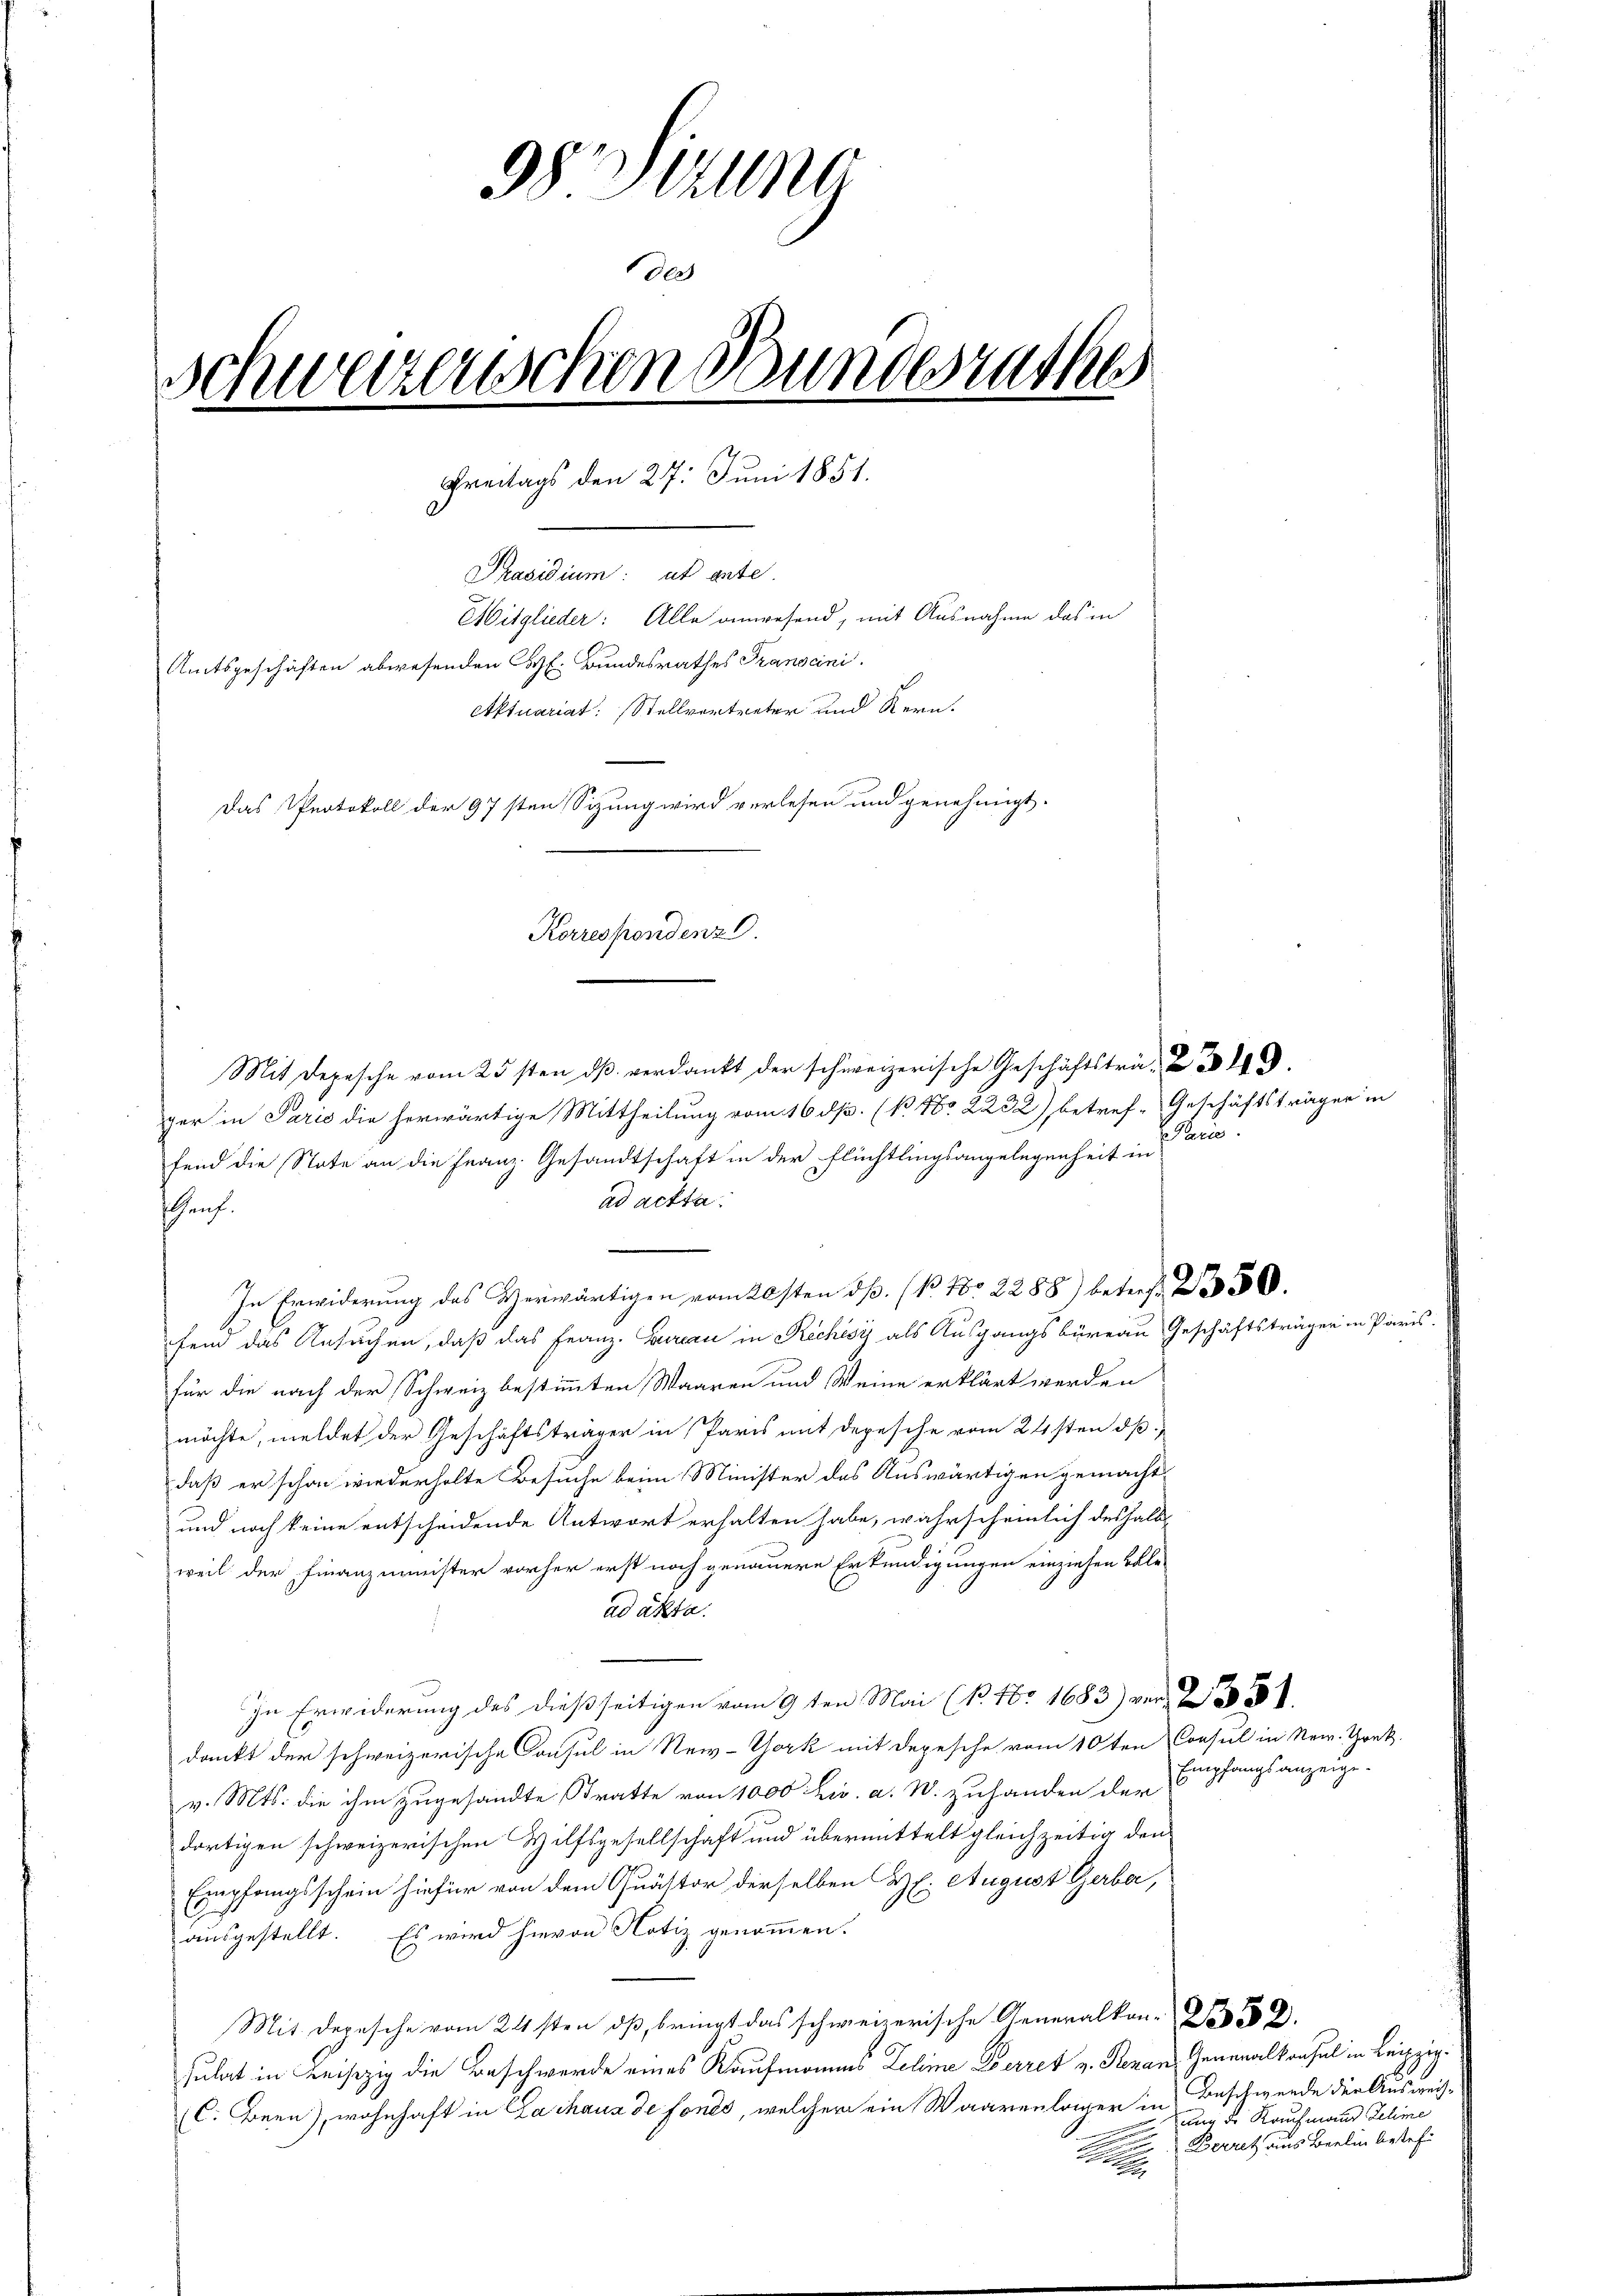
3 Stun
des
Schweizerischen Bundesrathe
Freitags den 27. Juni 1851.
Präsidium: et gute.
Mitglieder: Alle anwesend, mit Ausnahme das in
Amtsgeschäften abwesenden Carl. Bundesrathes Transcini
Aktuariat: Stellvertreter und Kern,
Das Protokoll der 97sten Sizung wird verlesen und genehmigt.
Korrespondenz 9.

Mit Depesche vom 25sten dβ verdankt der schweizerische Geschäftstra- Z 319.
ger in Paris die herwärtige Mittheilung vom 16. ds. (k No 2232) betref-Geschäftsträger in
fend die State an die Franz. Gesandtschaft in der Flüchtlingsangelegenheit in
ad acta.
enf.
In Erwiderŭng des Verwärtigen vom 20sten dβ. ( No 2288) betreff 250.
fend das Ansuchen, daß das Franz. Bureau in Rechisi als Ausgangsbüreau Geschäftsträger in Po
für die nach der Schweiz bestimmten Waaren und Weine erklärt werden
möchte, meldet der Geschäftsträger in Paris mit depesche vom 24sten dß
daß er schon wiederholte Besuche beim Minister des Auswärtigen gemacht
und noch keine entscheidende Antwort erhalten habe, wahrscheinlich deshalb
weil der Finanzminister vorher erst noch genauere Erkundigungen einziehen Bele
ad acta.
In Erwiderung des dießseitigen vom 9ten Mai (N. No 1683) ver-
dankt der schweizerische Consul in New-York mit Depesche vom 10ten Consul in New. Trak-
v. Mts. die ihm zugesandte Stratte von 1000 Zi. a. W. zuhanden der
dortigen schweizerischen Hilfsgesellschaft und übermittelt gleichzeitig den
Empfangsschein hiefür von dem Quästor derselben H. August Gerbe,
ausgestellt. Es wird hievon Notiz genommen.
Mit Depesche vom 24sten dß, bringt das schweizerische Generalkon-Z 32.
sulat in Leiszig die Beschwerde eines Kaufmanns Lehme Zerret v. Renan Generalkonsul in Leipzig.
C. Bern), wohnhaft in Lachaus de fonds, welcher ein Waarenlager in Beschwerde der Ausweis-

Paris.

Empfangsanzeige.

ung der Kaufmann Lehme
Berret aus Berlin besteh